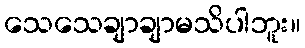
သေသေချာချာမသိပါဘူး။